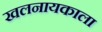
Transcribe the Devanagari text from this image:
खलनायकाला